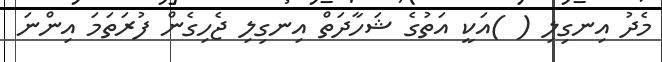
މެދު އިނގިލި ( )އަކީ އަތުގެ ޝަހާދަތް އިނގިލި ޖެހިގެން ފުރަތަމަ އިންނަ